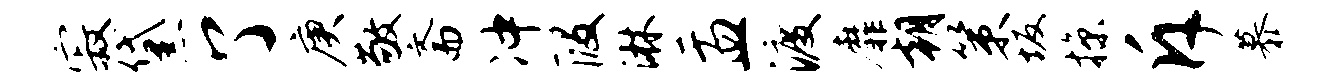
寂黛了庚敬斋冲段淋盂渡靡朝策坂掠斥慕